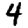
Digit: 4